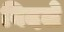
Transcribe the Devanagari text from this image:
बिदले